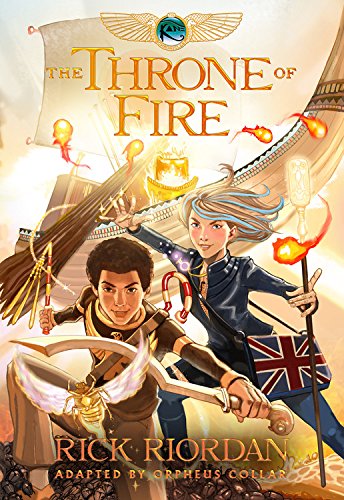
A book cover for The Kane Chronicles Book Two The Throne of Fire: The Graphic Novel; Orpheus Collar; Children's Books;